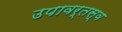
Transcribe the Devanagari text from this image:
उपावर्तस्व